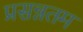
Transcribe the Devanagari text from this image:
प्रसन्नतम